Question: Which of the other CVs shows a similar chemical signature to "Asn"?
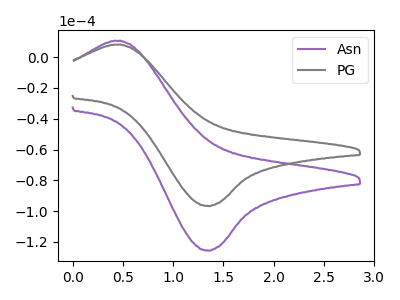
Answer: <think>The purple curve "Asn" has an anodic peak at (0.45V, 10.70uA) and a cathodic peak at (1.35V, -125.60uA). The gray curve "PG" has an anodic peak at (0.45V, 8.25uA) and a cathodic peak at (1.35V, -96.65uA).
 All the peaks in "Asn" have a peak in "PG" at the same potential. Every peak in "Asn" is higher than every peak in "PG".</think>
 <answer>The CV with the most similar shape to "PG" is "Asn".</answer>
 <eval>"Asn"</eval>